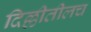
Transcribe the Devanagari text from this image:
दिल्लीतीलच